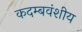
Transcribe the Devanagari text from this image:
कदम्बवंशीय